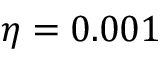
\eta = 0 . 0 0 1